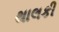
થાલકી